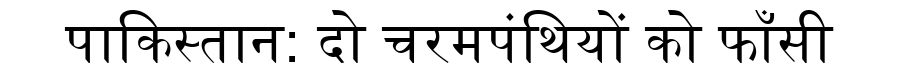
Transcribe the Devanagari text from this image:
पाकिस्तान: दो चरमपंथियों को फाँसी